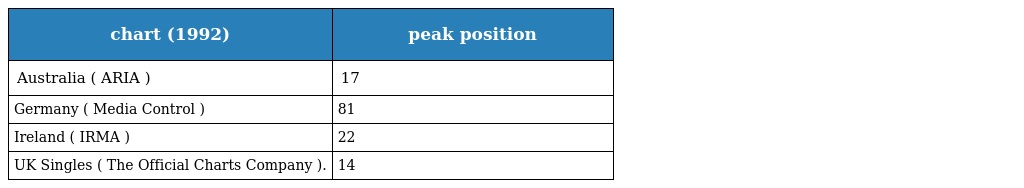
| chart (1992) | peak position |
 | --- | --- |
 | Australia ( ARIA ) | 17 |
 | Germany ( Media Control ) | 81 |
 | Ireland ( IRMA ) | 22 |
 | UK Singles ( The Official Charts Company ). | 14 |